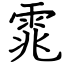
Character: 雿